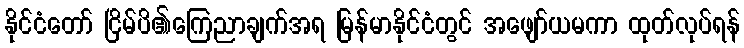
နိုင်ငံတော် ငြိမ်ပိ၏ကြေညာချက်အရ မြန်မာနိုင်ငံတွင် အဖျော်ယမကာ ထုတ်လုပ်ရန်